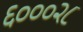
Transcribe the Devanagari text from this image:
६०००२८